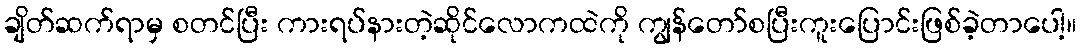
ချိတ်ဆက်ရာမှ စတင်ပြီး ကားရပ်နားတဲ့ဆိုင်လောကထဲကို ကျွန်တော်စပြီးကူးပြောင်းဖြစ်ခဲ့တာပေါ့။